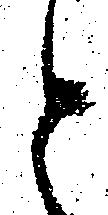
と